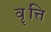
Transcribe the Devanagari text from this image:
वॄत्ति